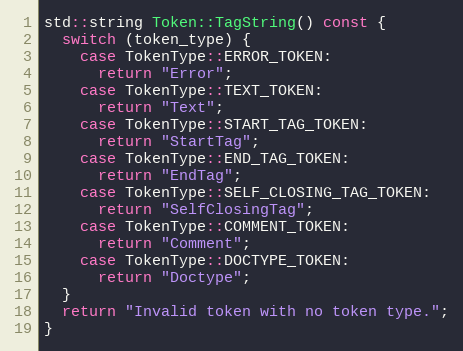
Language: C++
std::string Token::TagString() const {
  switch (token_type) {
    case TokenType::ERROR_TOKEN:
      return "Error";
    case TokenType::TEXT_TOKEN:
      return "Text";
    case TokenType::START_TAG_TOKEN:
      return "StartTag";
    case TokenType::END_TAG_TOKEN:
      return "EndTag";
    case TokenType::SELF_CLOSING_TAG_TOKEN:
      return "SelfClosingTag";
    case TokenType::COMMENT_TOKEN:
      return "Comment";
    case TokenType::DOCTYPE_TOKEN:
      return "Doctype";
  }
  return "Invalid token with no token type.";
}